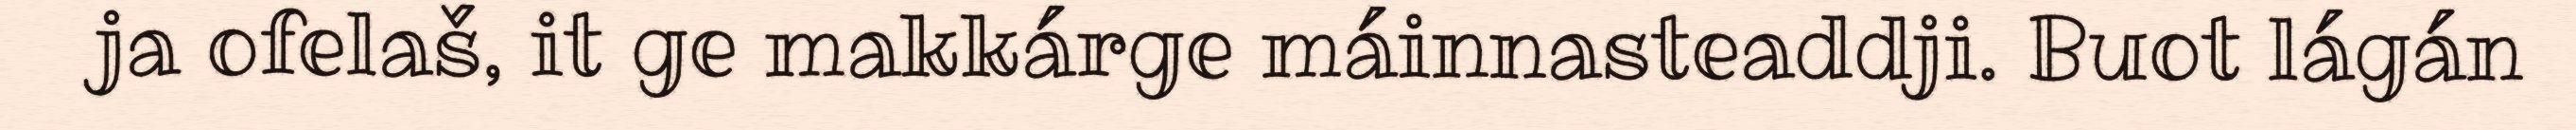
ja ofelaš, it ge makkárge máinnasteaddji. Buot lágán